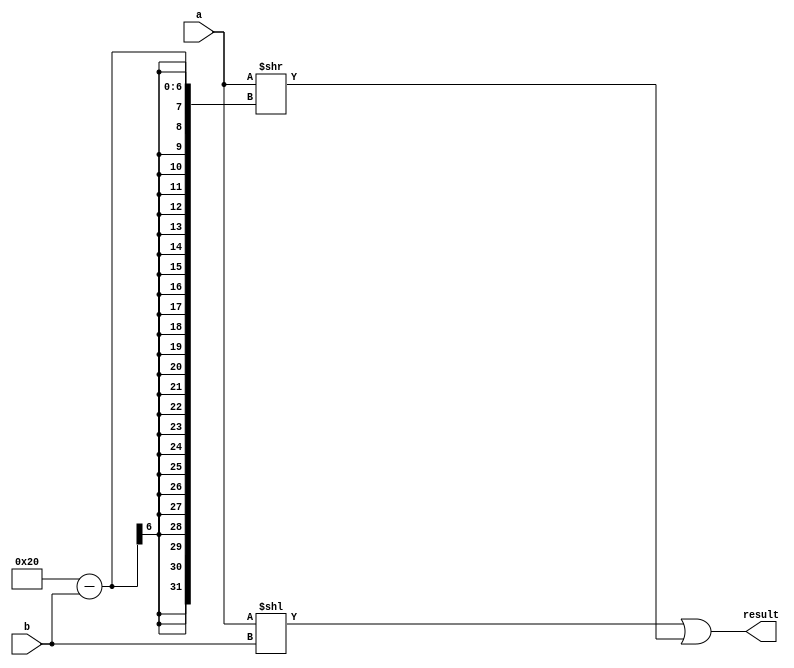
// Rotate left
module rol(input wire[31:0] a, input wire[4:0] b, output reg[31:0] result);

	always @(*) begin
		result = a << b;
		result = result | (a >> (32 - b));
	end

endmodule

// Rotate right
module ror(input wire[31:0] a, input wire[4:0] b, output reg[31:0] result);

	always @(*) begin
		result = a >> b;
		result = result | (a << (32 - b));
	end

endmodule